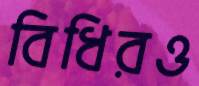
বিধিরও